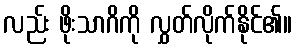
လည်း ဖိုးသာဂိကို လွှတ်လိုက်နိုင်၏။